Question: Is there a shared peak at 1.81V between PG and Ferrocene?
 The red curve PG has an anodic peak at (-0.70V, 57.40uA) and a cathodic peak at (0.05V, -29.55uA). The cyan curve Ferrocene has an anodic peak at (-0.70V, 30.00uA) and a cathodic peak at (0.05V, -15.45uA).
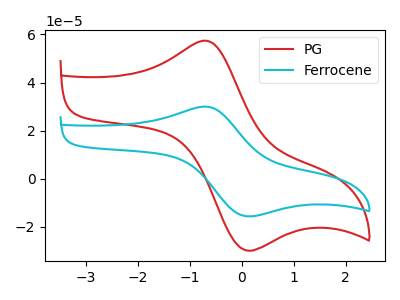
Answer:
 <answer>No, "PG" and "Ferrocene" dont share a peak at 1.81V.</answer>
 <eval>mismatch</eval>